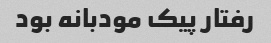
رفتار پیک مودبانه بود